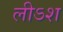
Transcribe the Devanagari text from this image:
लीऽश